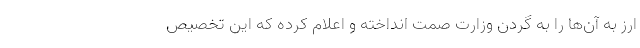
ارز به آن‌ها را به گردن وزارت صمت انداخته و اعلام کرده که این تخصیص